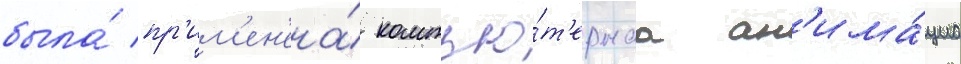
была́ пр'им'ен'ена́ компью́т'ернаа ан'има́циа